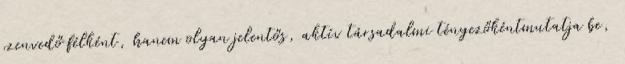
szenvedő félként, hanem olyan jelentős, aktív társadalmi tényezőkéntmutatja be,